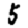
Digit: 5